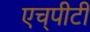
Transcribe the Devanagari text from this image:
एच्‌पीटी